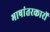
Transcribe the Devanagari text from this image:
भाषांतरकारों